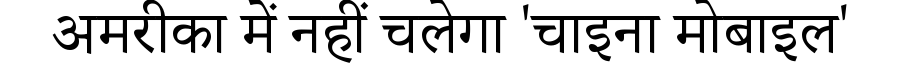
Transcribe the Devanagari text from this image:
अमरीका में नहीं चलेगा 'चाइना मोबाइल'